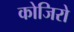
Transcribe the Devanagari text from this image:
कोजिरो